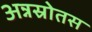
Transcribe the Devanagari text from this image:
अन्नस्रोतस